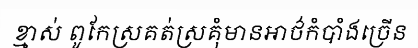
ខ្មាស់ ពូកែស្រគត់ស្រគុំមានអាថ៌កំបាំងច្រើន